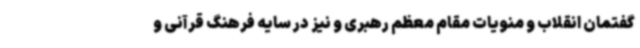
گفتمان انقلاب و منویات مقام معظم رهبری و نیز در سایه فرهنگ قرآنی و